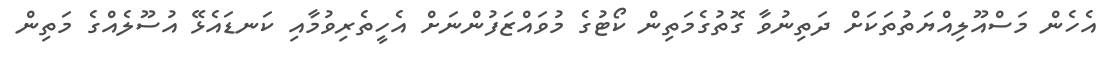
އެހެން މަސްއޫލިއްޔަތުތަކަށް ދަތިނުވާ ގޮތުގެމަތިން ކޯޓުގެ މުވައްޒަފުންނަށް އެހީތެރިވުމާއި ކަނޑައެޅޭ އުސޫލެއްގެ މަތިން